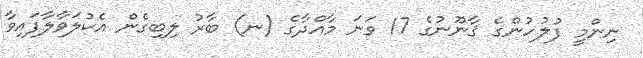
ނިންމީ ފުލުހުންގެ ޤާނޫނުގެ 17 ވަނަ މާއްދާގެ (ނ) ބާރު ލިބިގެން އެކުލަވާލާފައިވާ